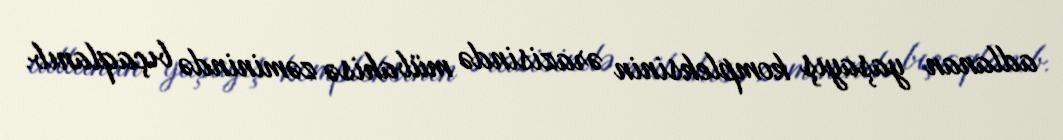
adlanan yaşayış kompleksinin ərazisində mübahisə zəminində bıçaqlanıb.